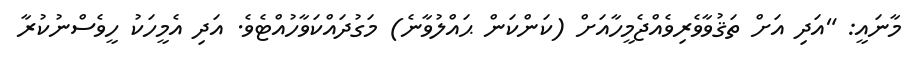
މާނައީ: "އަދި އަށް ތަޤުވާވެރިވެއްޖެމީހާއަށް (ކަންކަން ޙައްލުވާނެ) މަގުދައްކަވާހުއްޓެވެ. އަދި އެމީހަކު ހީވެސްނުކުރާ